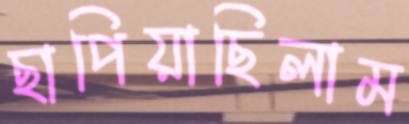
ছাপিয়াছিলাম